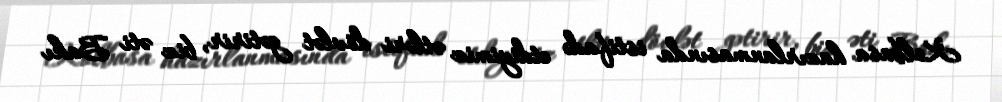
Kolbasa hazırlanmasında istifadə etdiyimiz ətləri dövlət gətirir, biz əti Bakı